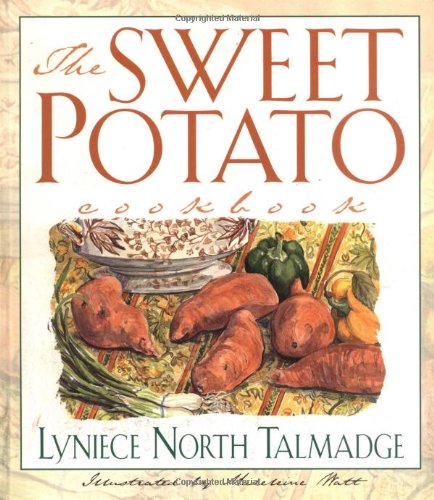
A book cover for The Sweet Potato Cookbook; Lyniece North Talmadge; Cookbooks, Food & Wine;